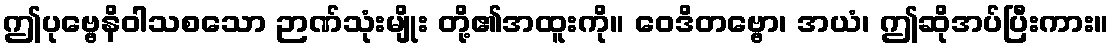
ဤပုဗ္ဗေနိဝါသစသော ဉာဏ်သုံးမျိုး တို့၏အထူးကို။ ဝေဒိတဗ္ဗော၊ အယံ၊ ဤဆိုအပ်ပြီးကား။